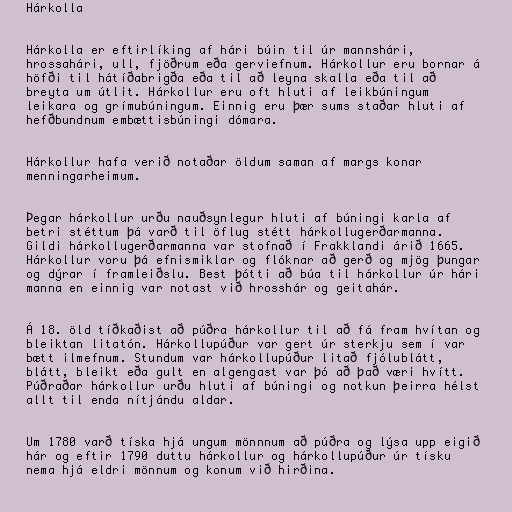
Hárkolla

Hárkolla er eftirlíking af hári búin til úr mannshári,
hrossahári, ull, fjöðrum eða gerviefnum. Hárkollur eru bornar á
höfði til hátíðabrigða eða til að leyna skalla eða til að
breyta um útlit. Hárkollur eru oft hluti af leikbúningum
leikara og grímubúningum. Einnig eru þær sums staðar hluti af
hefðbundnum embættisbúningi dómara.

Hárkollur hafa verið notaðar öldum saman af margs konar
menningarheimum.

Þegar hárkollur urðu nauðsynlegur hluti af búningi karla af
betri stéttum þá varð til öflug stétt hárkollugerðarmanna.
Gildi hárkollugerðarmanna var stofnað í Frakklandi árið 1665.
Hárkollur voru þá efnismiklar og flóknar að gerð og mjög þungar
og dýrar í framleiðslu. Best þótti að búa til hárkollur úr hári
manna en einnig var notast við hrosshár og geitahár.

Á 18. öld tíðkaðist að púðra hárkollur til að fá fram hvítan og
bleiktan litatón. Hárkollupúður var gert úr sterkju sem í var
bætt ilmefnum. Stundum var hárkollupúður litað fjólublátt,
blátt, bleikt eða gult en algengast var þó að það væri hvítt.
Púðraðar hárkollur urðu hluti af búningi og notkun þeirra hélst
allt til enda nítjándu aldar.

Um 1780 varð tíska hjá ungum mönnnum að púðra og lýsa upp eigið
hár og eftir 1790 duttu hárkollur og hárkollupúður úr tísku
nema hjá eldri mönnum og konum við hirðina.